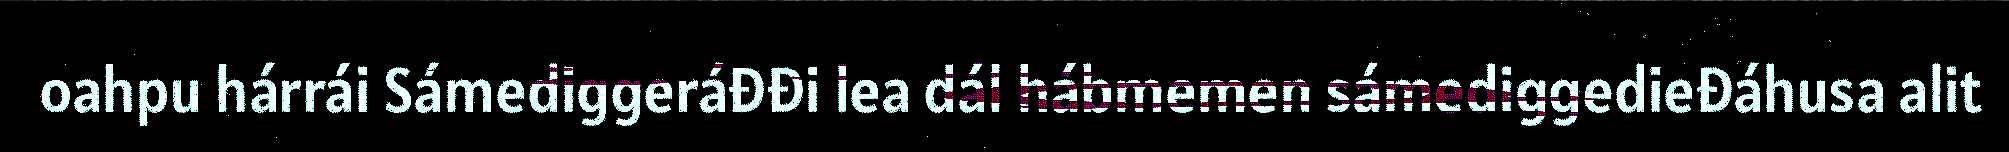
oahpu hárrái Sámediggeráđđi lea dál hábmemen sámediggedieđáhusa alit